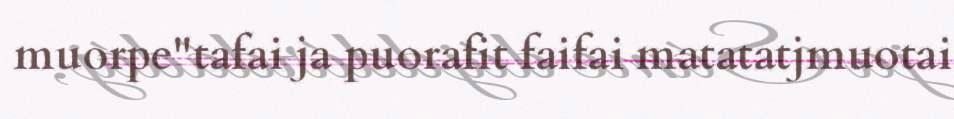
muorpe"tafai ja puorafit faifai matatatjmuotai